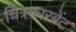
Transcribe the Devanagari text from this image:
चित्रकारबेंट